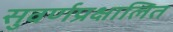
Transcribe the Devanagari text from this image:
सुवर्णप्रक्षालित